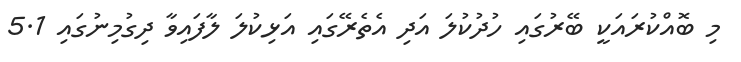
މި ބޮއްކުރައަކީ ބޭރުގައި ހުދުކުލަ އަދި އެތެރޭގައި އަޅިކުލަ ލާފައިވާ ދިގުމިނުގައި 5.1